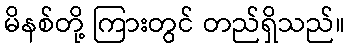
မိနစ်တို့ ကြားတွင် တည်ရှိသည်။